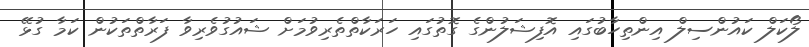
ލޯކަލް ކައުންސިލް އިންތިހާބުގައި އޮފިޝަލުންގެ ގޮތުގައި ހަރަކާތްތެެރިވުމަށް ޝައުގުވެރިވާ ފަރާތްތަކުން ކަމާ ގުޅޭ